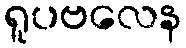
ရူပဗလေန